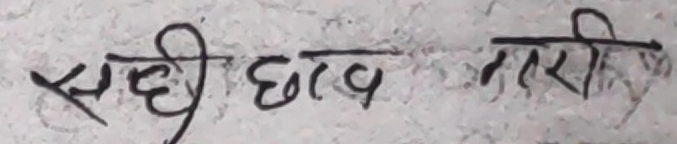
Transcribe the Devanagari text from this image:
सही छाव तरी